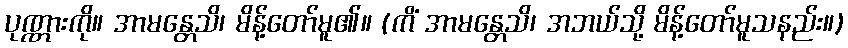
ပုဏ္ဏားကို။ အာမန္တေသိ၊ မိန့်တော်မူ၏။ (ကိံ အာမန္တေသိ၊ အဘယ်သို့ မိန့်တော်မူသနည်း။)